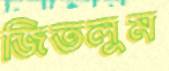
জিতলুম